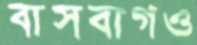
বাসবাগও